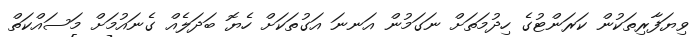
ވިޔަފާރިތަކުން ކަރަންޓުގެ ހިދުމަަތަށް ނަގަމުން އަނނަ އަގުތަކަށް ހެޔޮ ބަދަލެއް ގެނައުމަށް މަސައްކަތް